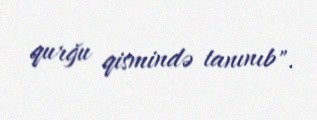
qurğu qismində tanınıb".